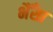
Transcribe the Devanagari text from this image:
भैँसा